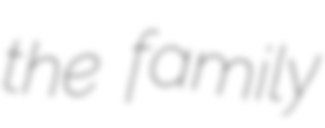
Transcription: the family